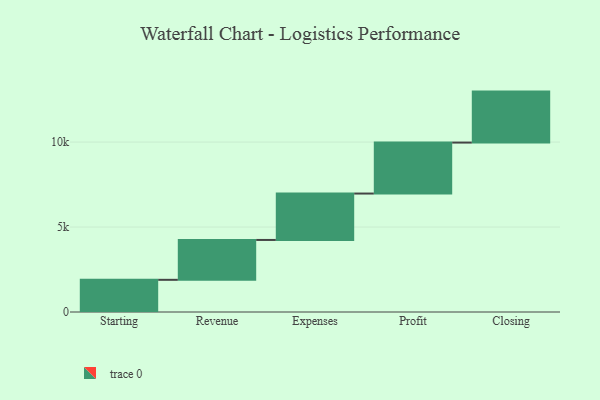
{"axis": {"x": "Step", "y": "Value"}, "legend": [""], "data": [{"x": "Starting", "y": 1894.0, "type": ""}, {"x": "Revenue", "y": 2346.0, "type": ""}, {"x": "Expenses", "y": 2731.0, "type": ""}, {"x": "Profit", "y": 3000, "type": ""}, {"x": "Closing", "y": 3000, "type": ""}]}